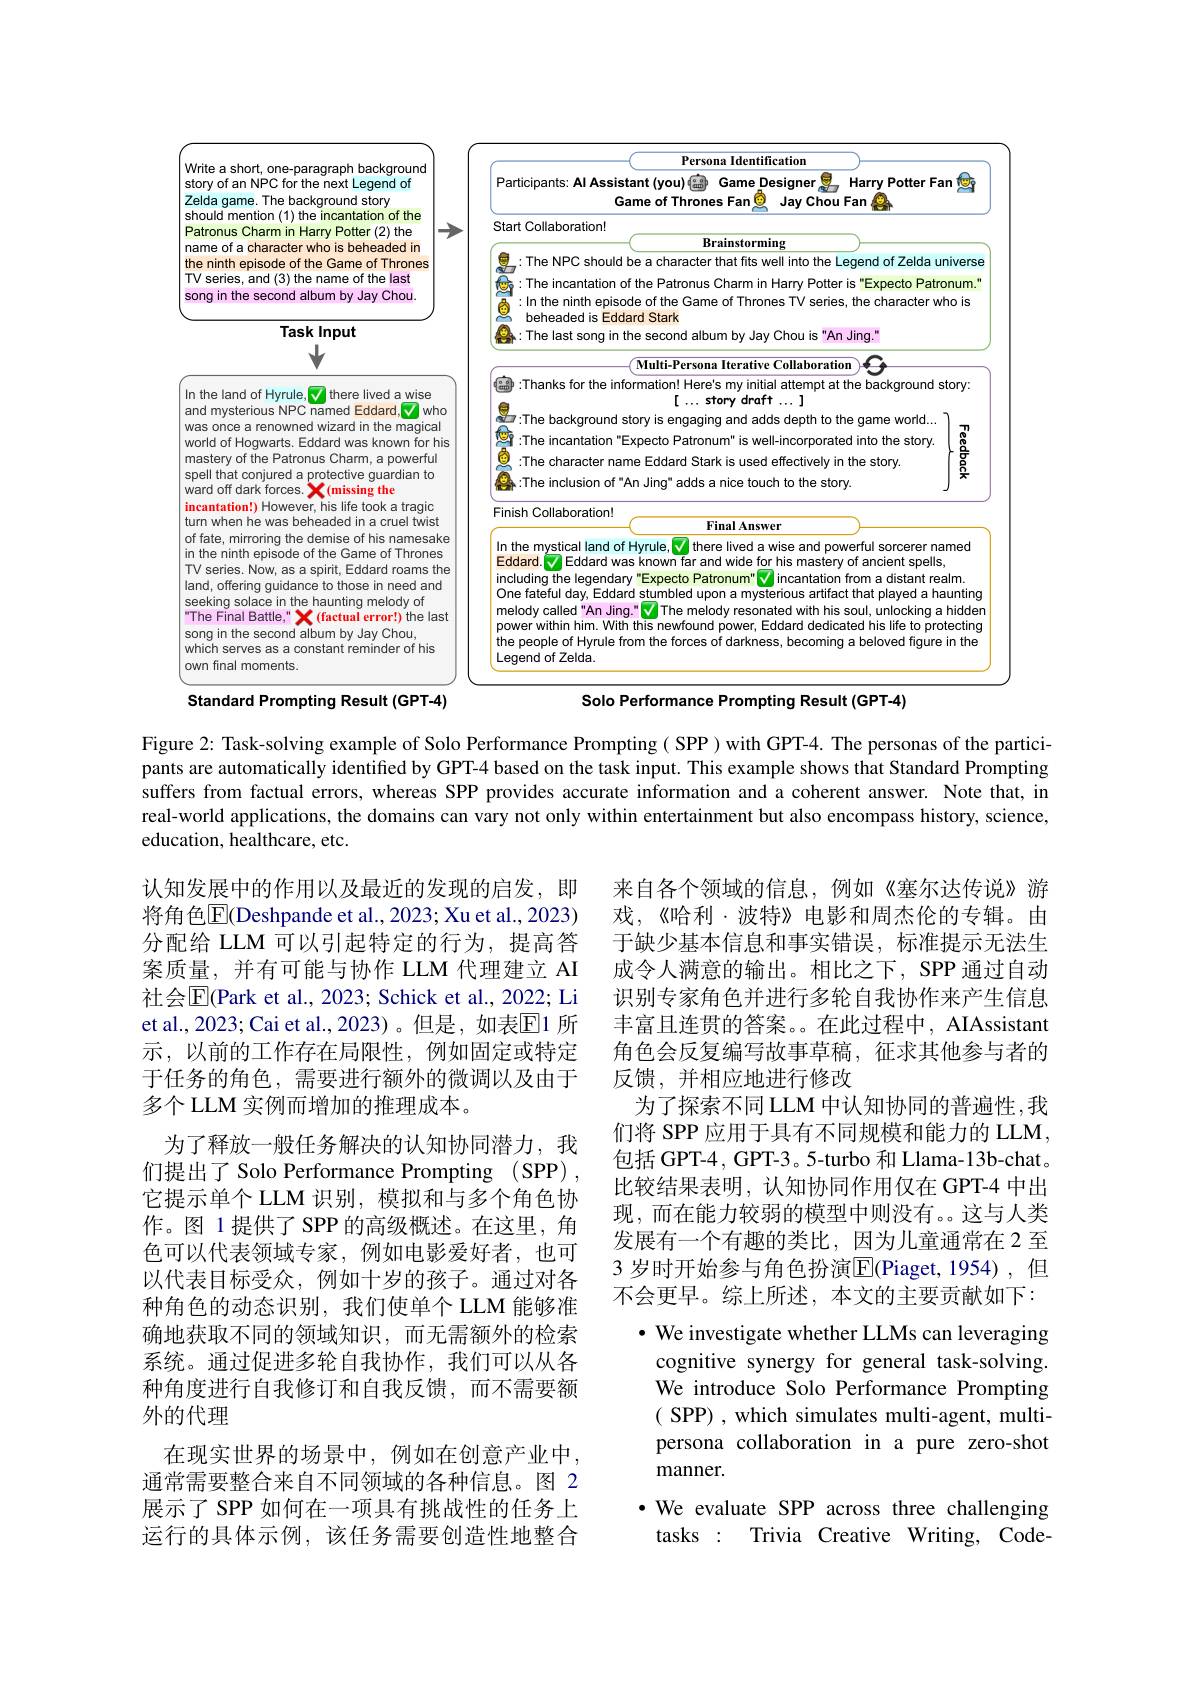
<FigureHere>

Standard Prompting Result (GPT-4)
Solo Performance Prompting Result (GPT-4)

Figure 2: Task-solving example of Solo Performance Prompting( SPP ) with GPT-4. The personas of the participants are automatically identifed by GPT-4 based on the task input. This example shows that Standard Prompting suffers from factual errors, whereas SPP provides accurate information and a coherent answer. Note that, in real-world applications, the domains can vary not only within entertainment but also encompass history, science, education, healthcare, etc.

来自各个领域的信息，例如《塞尔达传说》游戏，《哈利·波特》电影和周杰伦的专辑。由于缺少基本信息和事实错误，标准提示无法生成令人满意的输出。相比之下，SPP 通过自动识别专家角色并进行多轮自我协作来产生信息丰富且连贯的答案。。在此过程中，AIAssistant 角色会反复编写故事草稿，征求其他参与者的反馈，并相应地进行修改
为了探索不同LLM 中认知协同的普遍性，我们将 SPP 应用于具有不同规模和能力的 LLM, 包括 GPT-4, GPT-3。5-turbo 和 Llama-13b-chat。比较结果表明，认知协同作用仅在 GPT-4 中出现，而在能力较弱的模型中则没有。这与人类发展有一个有趣的类比，因为儿童通常在 2 至3 岁时开始参与角色扮演$\overline{\mathrm{E}}($Piaget,1954),但不会更早。综上所述，本文的主要贡献如下：
· We investigate whether LLMs can leveraging cognitive synergy for general task-solving. We introduce Solo Performance Prompting ( SPP) , which simulates multi- agent, multi- persona collaboration in a pure zero-shot manner.
·We evaluate SPP across three challenging
tasks : Trivia Creative Writing, Code-

认知发展中的作用以及最近的发现的启发，即将角色$\overline{\mathrm{E}}($Deshpande et al., 2023; Xu et al., 2023) 分配给 LLM 可以引起特定的行为，提高答案质量，并有可能与协作 LLM 代理建立 AI 社会$\overline{\mathrm{E}}($Park et al., 2023; Schick et al., 2022; Li et al., 2023; Cai et al., 2023)。但是，如表$\mathbb{E}$1 所示，以前的工作存在局限性，例如固定或特定于任务的角色，需要进行额外的微调以及由于多个 LLM 实例而增加的推理成本。
为了释放一般任务解决的认知协同潜力，我们提出了 Solo Performance Prompting ( SPP) , 它提示单个 LLM 识别，模拟和与多个角色协作。图 1 提供了 SPP 的高级概述。在这里，角色可以代表领域专家，例如电影爱好者，也可以代表目标受众，例如十岁的孩子。通过对各种角色的动态识别，我们使单个 LLM 能够准确地获取不同的领域知识，而无需额外的检索系统。通过促进多轮自我协作，我们可以从各种角度进行自我修订和自我反馈，而不需要额外的代理
在现实世界的场景中，例如在创意产业中， 通常需要整合来自不同领域的各种信息。图 2展示了 SPP 如何在一项具有挑战性的任务上运行的具体示例，该任务需要创造性地整合